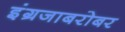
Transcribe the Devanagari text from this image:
इंग्रजाबरोबर